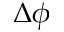
\Delta \phi